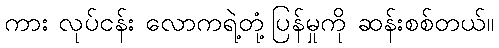
ကား လုပ်ငန်း လောကရဲ့တုံ့ပြန်မှုကို ဆန်းစစ်တယ်။